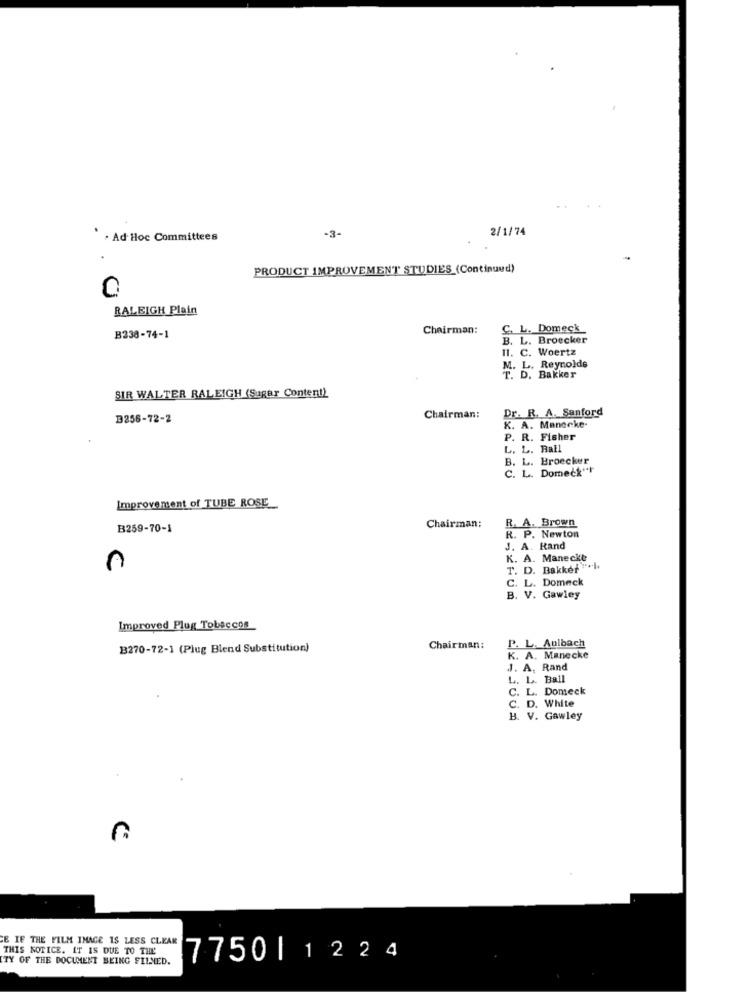
2/1/74
. Ad Hoc Committees
-3-
PRODUCT IMPROVEMENT STUDIES (Continued)
0
RALEIGH Plain
Chairman:
C. L. Domeck
B238-74-1
B. L. Broecker
II. C. Woertz
M. L. Reynolds
T. D. Bakker
SIR WALTER RALEIGH (Sugar Content)
Dr. R. A. Sanford
3256-72-2
Chairman:
K. A. Manonke-
P. R. Fisher
L. L. Ball
B. L. Broecker
C. L. Domeck"r
Improvement of TUBE ROSE
B259-70-1
Chairman:
R. A. Brown
R. P. Newton
J. A. Rand
K. A. Maneckt
T. D. Bakkef "+++
C. L. Domeck
B. V. Gawley
Improved Plug Tobaccos
B270-72-1 (Plug Blend Substitution)
Chairman:
P. L. Aulbach
K. A. Manecke
J. A. Rand
L. L. Ball
C. L. Domeck
C. D. White
B. V. Gawley
n
E IF THE FILM IMAGE IS LESS CLEAR
THIS NOTICE. IT IS DUE TO THL'
TY OF THE DOCUMENT BEING FILNED.
7750|1224